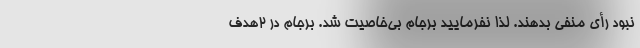
نبود رأی منفی بدهند. لذا نفرمایید برجام بی‌خاصیت شد. برجام در ۲هدف